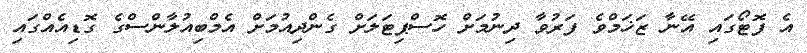
އެ ފޮޓޯގައި އޭނާ ޒަޚަމްވެ ފަރުވާ ދިނުމަށް ހޮސްޕިޓަލަށް ގެންދިއުމަށް އެމްބިއުލާންސްގެ ގޮޑިއެއްގައި